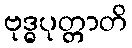
ဗုဒ္ဓပုတ္တာတိ